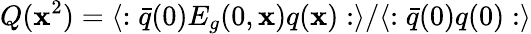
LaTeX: Q(\mathbf{x}^{2})=\langle:\bar{{q}}(0)E_{g}(0,\mathbf{x})q(\mathbf{x}):\rangle/\langle:\bar{{q}}(0)q(0):\rangle